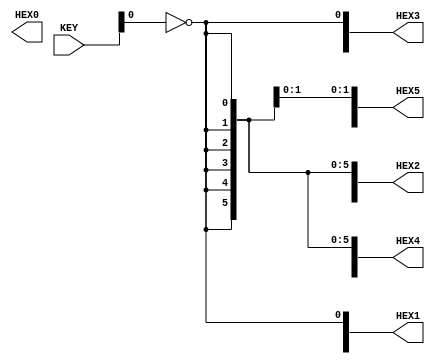
module ex2
(
	input [1:0] KEY, //keys
	//displays
	output [7:0] HEX0,
	output [7:0] HEX1,
	output [7:0] HEX2,
	output [7:0] HEX3,
	output [7:0] HEX4,
	output [7:0] HEX5
);
// 15.06.02
genvar j;
generate
	for (j=0; j<6; j=j+1)
	begin: gen2
		case(j)
		// 1
		0: assign HEX0[4]=~KEY[0],
					 HEX0[5]=~KEY[0];
		// 5.
		1: assign HEX1[0]=~KEY[0],
					 HEX1[2]=~KEY[0],
					 HEX1[3]=~KEY[0],
					 HEX1[5]=~KEY[0],
					 HEX1[6]=~KEY[0],
					 HEX1[7]=~KEY[0];
		// 0
		2: assign HEX2[0]=~KEY[0],
					 HEX2[1]=~KEY[0],
					 HEX2[2]=~KEY[0],
					 HEX2[3]=~KEY[0],
					 HEX2[4]=~KEY[0],
					 HEX2[5]=~KEY[0];
		// 6.
		3: assign HEX3[0]=~KEY[0],
					 HEX3[2]=~KEY[0],
					 HEX3[3]=~KEY[0],
					 HEX3[4]=~KEY[0],
					 HEX3[5]=~KEY[0],
					 HEX3[6]=~KEY[0],
					 HEX3[7]=~KEY[0];
		// 0
		4: assign HEX4[0]=~KEY[0],
					 HEX4[1]=~KEY[0],
					 HEX4[2]=~KEY[0],
					 HEX4[3]=~KEY[0],
					 HEX4[4]=~KEY[0],
					 HEX4[5]=~KEY[0];
		// 2
		5: assign HEX5[0]=~KEY[0],
					 HEX5[1]=~KEY[0],
					 HEX5[3]=~KEY[0],
					 HEX5[4]=~KEY[0],
					 HEX5[6]=~KEY[0],
					 HEX5[7]=~KEY[0];
		endcase
	end
endgenerate
endmodule